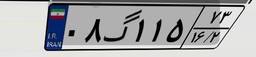
۰۸گ۱۱۵۷۳